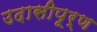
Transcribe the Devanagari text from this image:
उदासीपूर्ण